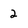
Character: 2